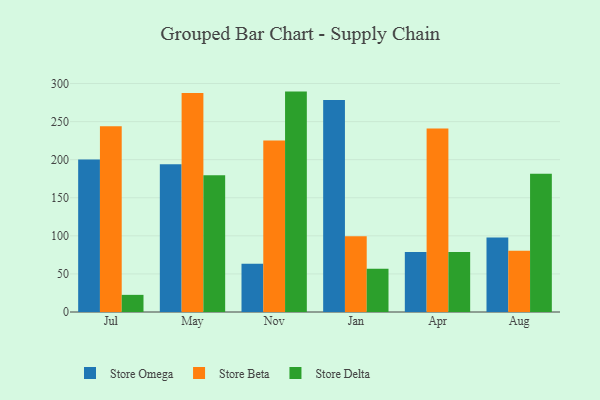
{"axis": {"x": "Month", "y": "Active Users"}, "legend": ["Store Beta", "Store Delta", "Store Omega"], "data": [{"x": "Jul", "y": 200.3, "type": "Store Omega"}, {"x": "Jul", "y": 243.8, "type": "Store Beta"}, {"x": "Jul", "y": 22.5, "type": "Store Delta"}, {"x": "May", "y": 194.0, "type": "Store Omega"}, {"x": "May", "y": 287.7, "type": "Store Beta"}, {"x": "May", "y": 179.7, "type": "Store Delta"}, {"x": "Nov", "y": 63.2, "type": "Store Omega"}, {"x": "Nov", "y": 225.1, "type": "Store Beta"}, {"x": "Nov", "y": 289.4, "type": "Store Delta"}, {"x": "Jan", "y": 278.3, "type": "Store Omega"}, {"x": "Jan", "y": 99.6, "type": "Store Beta"}, {"x": "Jan", "y": 56.8, "type": "Store Delta"}, {"x": "Apr", "y": 78.9, "type": "Store Omega"}, {"x": "Apr", "y": 241.0, "type": "Store Beta"}, {"x": "Apr", "y": 78.8, "type": "Store Delta"}, {"x": "Aug", "y": 97.9, "type": "Store Omega"}, {"x": "Aug", "y": 80.5, "type": "Store Beta"}, {"x": "Aug", "y": 181.4, "type": "Store Delta"}]}